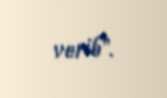
verib".